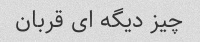
چیز دیگه ای قربان